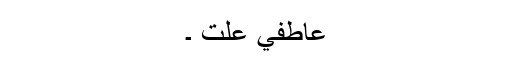
عاطفي علت ۔